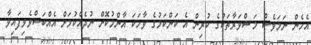
އެހެން ނަމަވެސް މަޝްވަރާތަކުގެ ކުރިން އެ ކަންކަމުގެ ވާހަކަ އާންމުކޮށް ނުދެއްކުމަށް އެއްބަސްވެވިފައިވާ